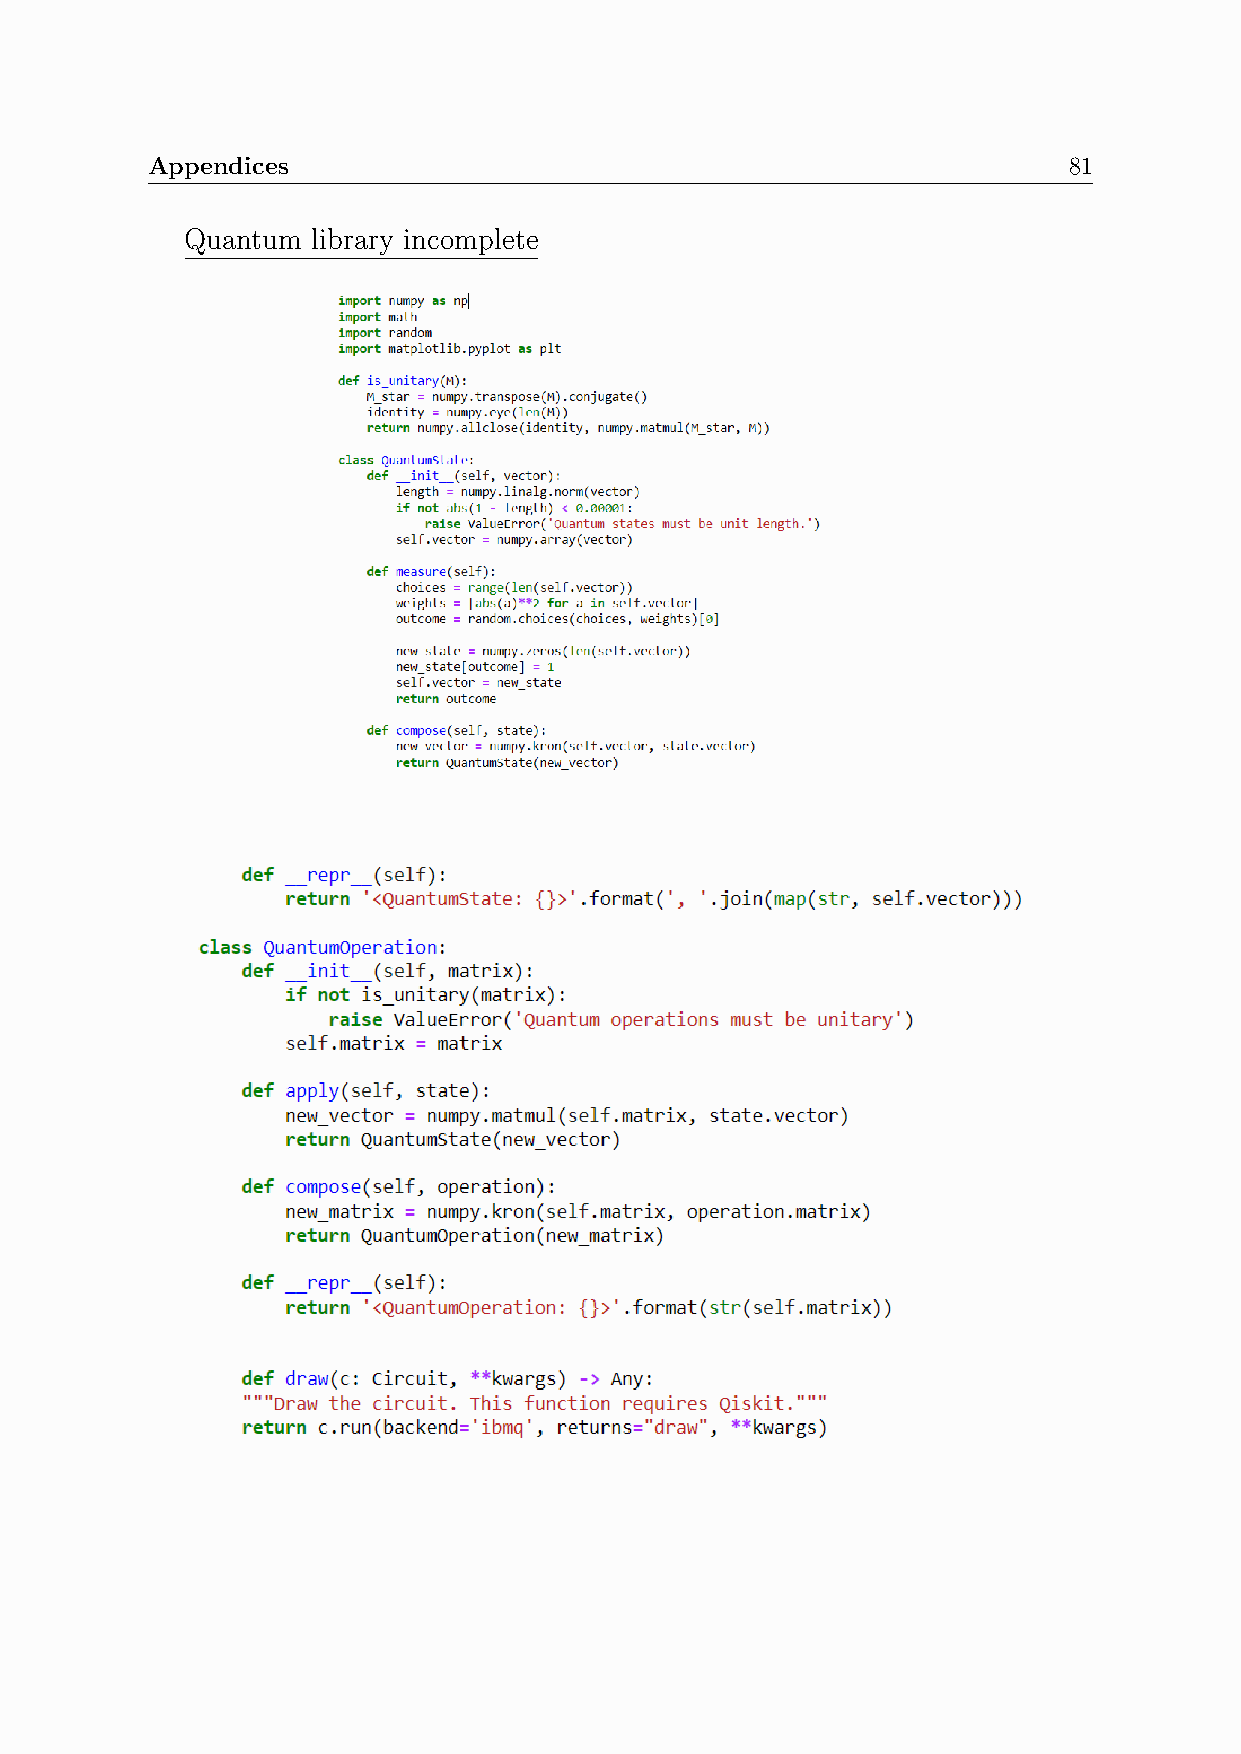
Appendices                                                   81
 Quantum  library incomplete